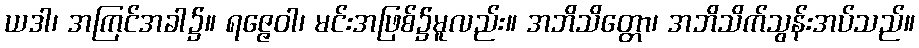
ယဒါ၊ အကြင်အခါ၌။ ရဇ္ဇေဝါ၊ မင်းအဖြစ်၌မူလည်း။ အဘိသိတ္တော၊ အဘိသိက်သွန်းအပ်သည်။